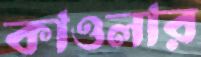
কাওলার